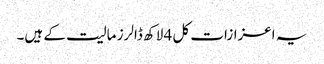
یہ اعزازات کل 4 لاکھ ڈالرز مالیت کے ہیں۔